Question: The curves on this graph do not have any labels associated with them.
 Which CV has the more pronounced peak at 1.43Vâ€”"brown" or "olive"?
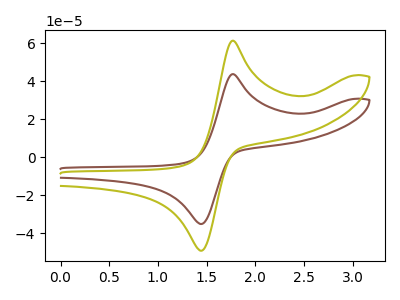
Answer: <think>The brown curve "brown" has an anodic peak at (1.75V, 43.85uA) and a cathodic peak at (1.45V, -35.00uA). The olive curve "olive" has an anodic peak at (1.75V, 61.45uA) and a cathodic peak at (1.45V, -49.05uA).</think>
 <answer>The peak at 1.43V is lower in "brown" than in "olive".</answer>
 <eval>lower</eval>